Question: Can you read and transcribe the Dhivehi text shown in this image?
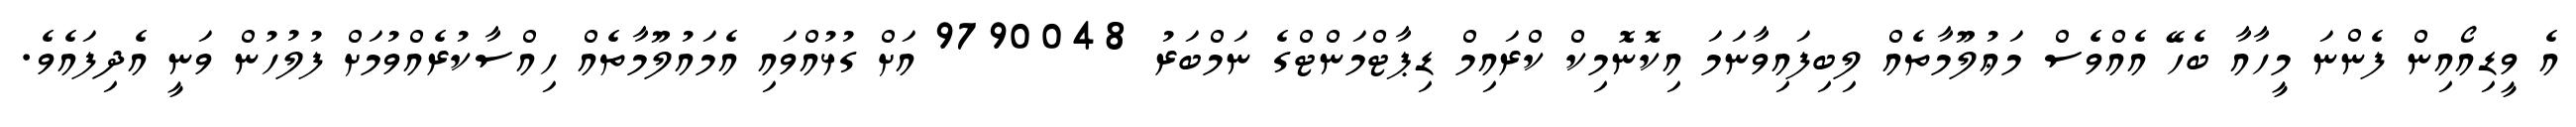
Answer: އެ ވީޑިއޯއިން ފެންނަ މީހާއާ ބެހޭ އެއްވެސް މަޢުލޫމާތެއް ލިބިފައިވާނަމަ އިކޮނޮމިކް ކްރައިމް ޑިޕާޓްމަންޓްގެ ނަމްބަރު 9790048 އަށް ގުޅުއްވައި އެމައުލޫމާތެއް ހިއްސާކުރެއްވުމަށް ފުލުހުން ވަނީ އެދިފައެވެ.